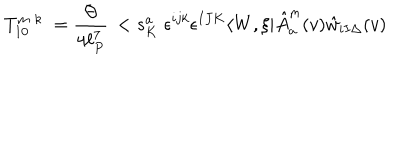
T _ { 1 0 } ^ { m \; k } \; = \frac { \Theta } { 4 \ell _ { P } ^ { 7 } } \, < s _ { K } ^ { a } \; \epsilon ^ { i j k } \epsilon ^ { I J K } \langle W , \xi | \hat { A } _ { a } ^ { m } ( v ) \hat { w } _ { i I \Delta } ( v )